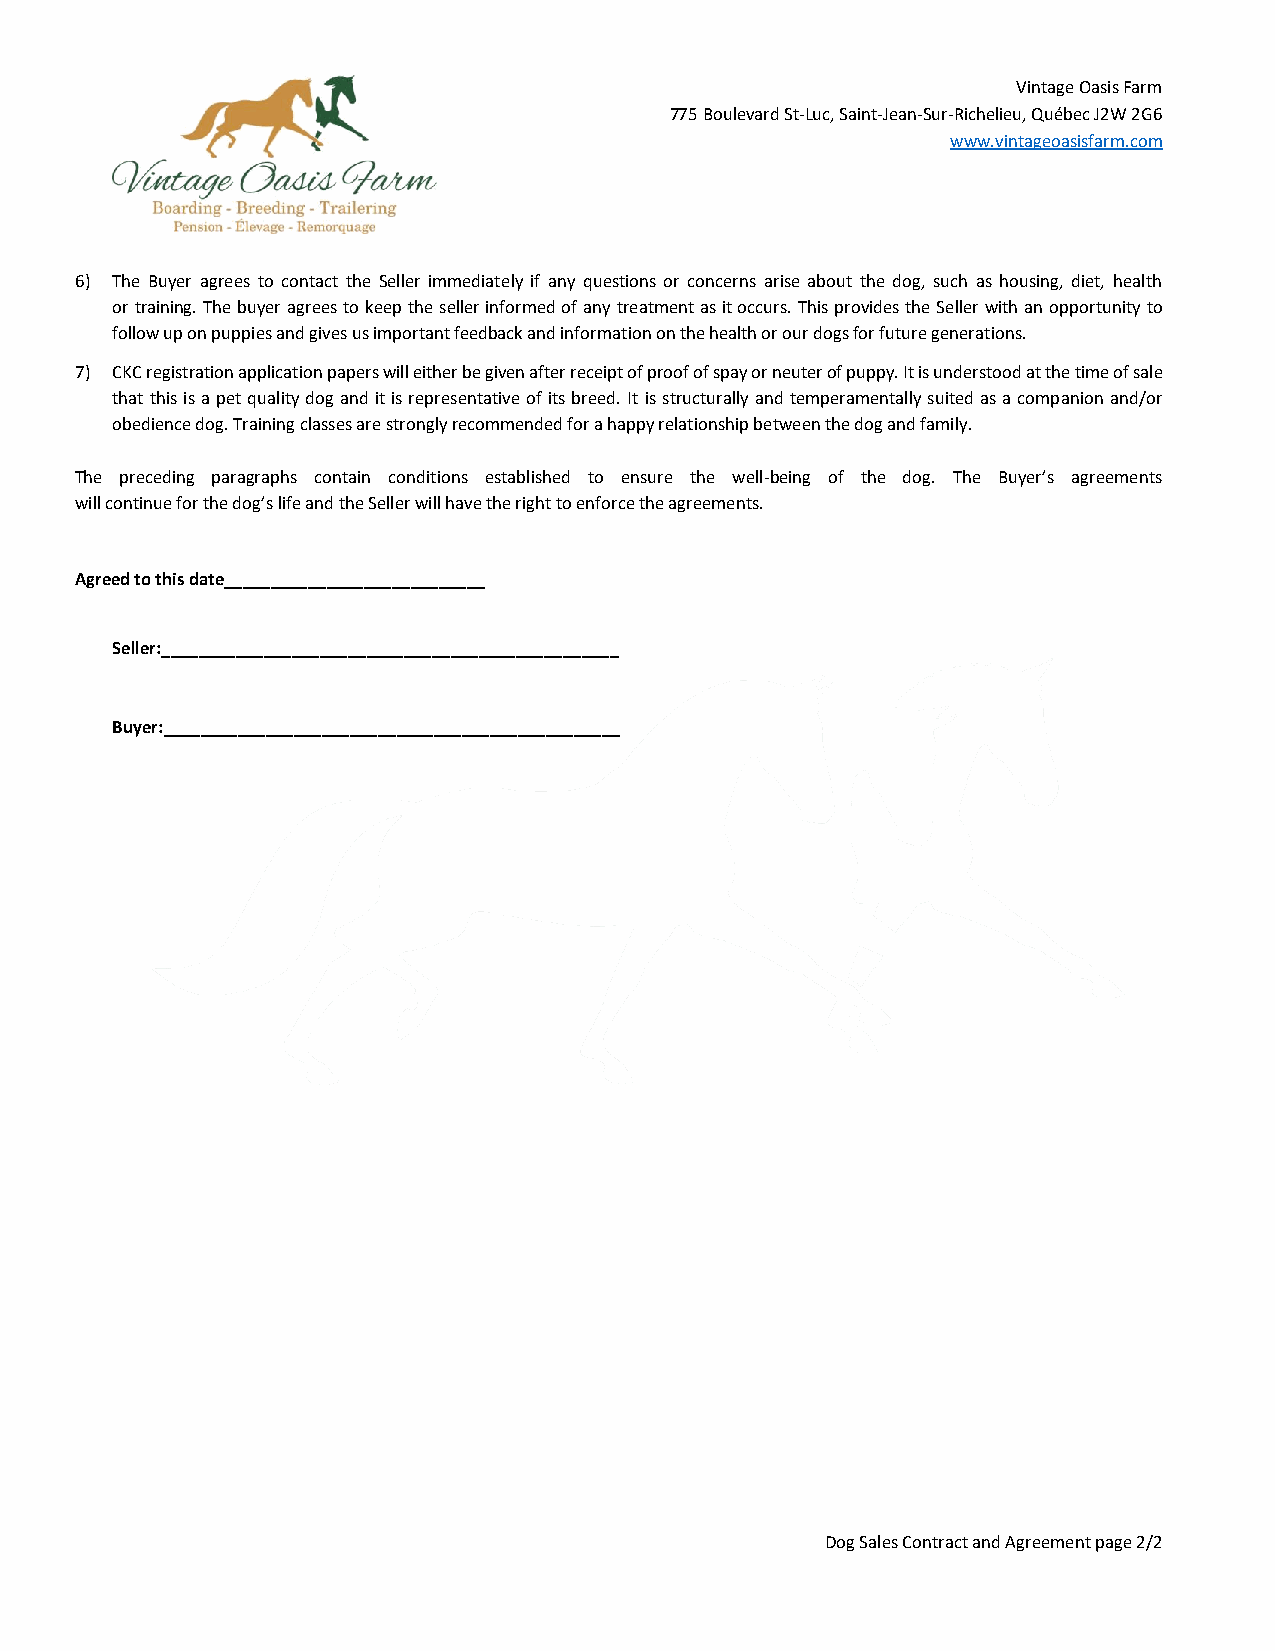
Vintage Oasis Farm
 775 Boulevard St-Luc, Saint-Jean-Sur-Richelieu, Québec J2W 2G6
 www.vintageoasisfarm.com
 6) The Buyer agrees to contact the Seller immediately if any questions or concerns arise about the dog, such as housing, diet, health
 or training. The buyer agrees to keep the seller informed of any treatment as it occurs. This provides the Seller with an opportunity to
 follow up on puppies and gives us important feedback and information on the health or our dogs for future generations.
 7) CKC registration application papers will either be given after receipt of proof of spay or neuter of puppy. It is understood at the time of sale
 that this is a pet quality dog and it is representative of its breed. It is structurally and temperamentally suited as a companion and/or
 obedience dog. Training classes are strongly recommended for a happy relationship between the dog and family.
 The preceding paragraphs contain conditions established to ensure the well-being of the dog. The Buyer’s agreements
 will continue for the dog’s life and the Seller will have the right to enforce the agreements.
 Agreed to this date____________________________
 Seller:_________________________________________________
 Buyer:_________________________________________________
 Dog Sales Contract and Agreement page 2/2